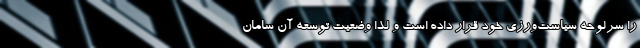
را سرلوحه سیاست‌ورزی خود قرار داده است و لذا وضعيت توسعه آن سامان